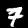
Label: 7